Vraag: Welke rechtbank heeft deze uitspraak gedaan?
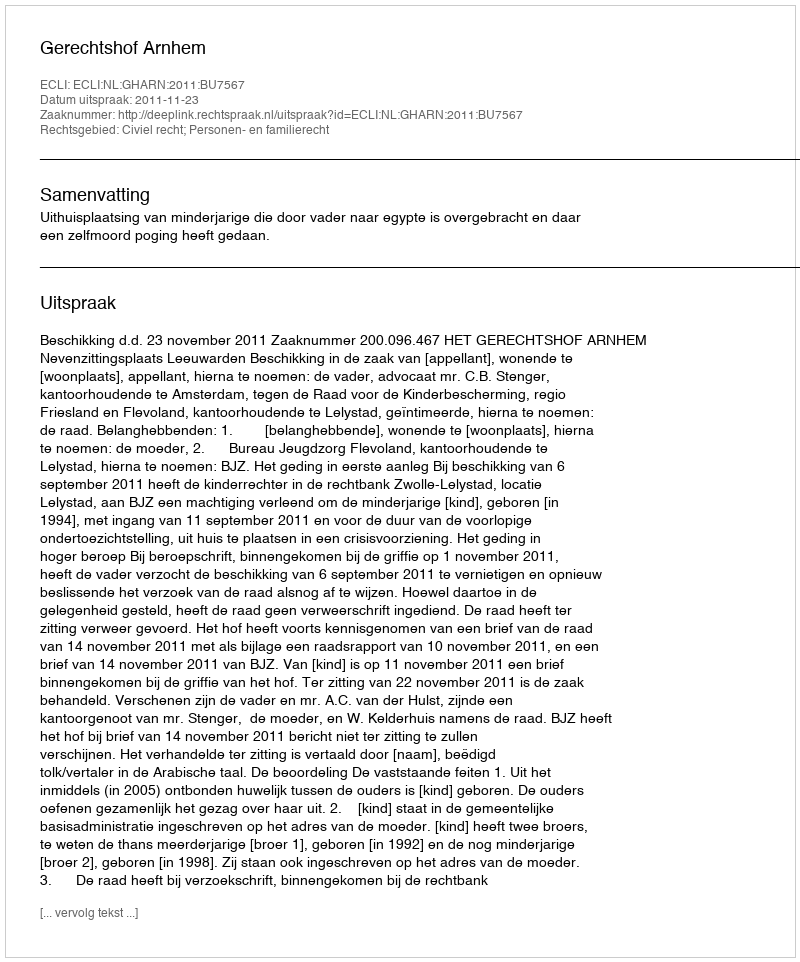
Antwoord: Gerechtshof Arnhem